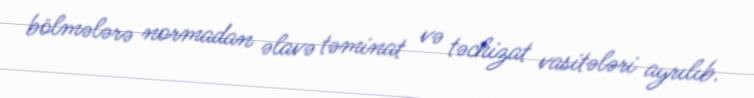
bölmələrə normadan əlavə təminat və təchizat vasitələri ayrılıb.